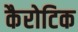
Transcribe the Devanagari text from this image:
कैरोटिक